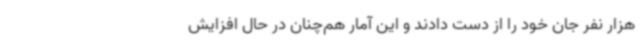
هزار نفر جان خود را از دست دادند و این آمار هم‌چنان در حال افزایش